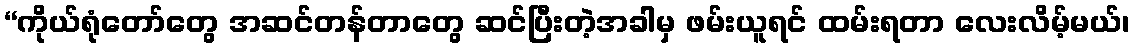
“ကိုယ်ရုံတော်တွေ အဆင်တန်တာတွေ ဆင်ပြီးတဲ့အခါမှ ဖမ်းယူရင် ထမ်းရတာ လေးလိမ့်မယ်၊